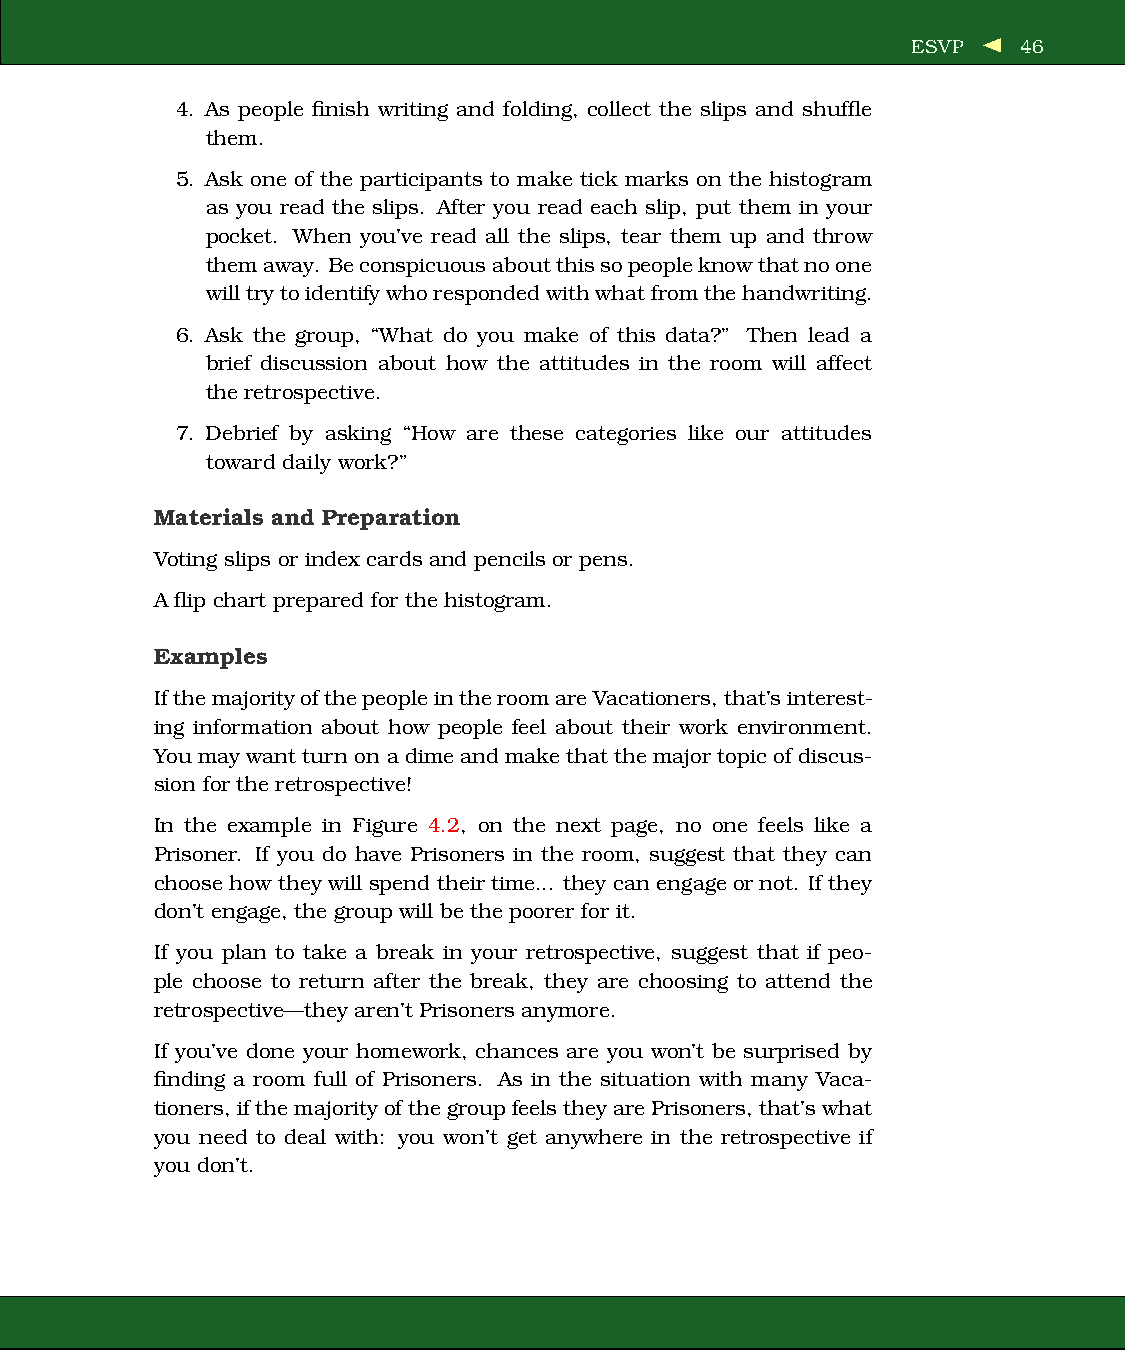
ESVP    46
 4. As people finish writing and folding, collect the slips and shuffle
 them.
 5. Ask one of the participants to make tick marks on the histogram
 as you read the slips. After you read each slip, put them in your
 pocket. When you’ve read all the slips, tear them up and throw
 themaway. Beconspicuousaboutthissopeopleknowthatnoone
 willtrytoidentifywhorespondedwithwhatfromthehandwriting.
 6. Ask the group, “What do you make of this data?” Then lead a
 brief discussion about how the attitudes in the room will affect
 the retrospective.
 7. Debrief by asking “How are these categories like our attitudes
 toward daily work?”
 Materials and Preparation
 Voting slips or index cards and pencils or pens.
 A flip chart prepared for the histogram.
 Examples
 IfthemajorityofthepeopleintheroomareVacationers,that’sinterest-
 ing information about how people feel about their work environment.
 You may wantturnon adime andmake thatthemajor topicof discus-
 sion for the retrospective!
 In the example in Figure 4.2, on the next page, no one feels like a
 Prisoner. If you do have Prisoners in the room, suggest that they can
 choose how they will spend their time... they can engage or not. If they
 don’t engage, the group will be the poorer for it.
 If you plan to take a break in your retrospective, suggest that if peo-
 ple choose to return after the break, they are choosing to attend the
 retrospective—they aren’t Prisoners anymore.
 If you’ve done your homework, chances are you won’t be surprised by
 finding a room full of Prisoners. As in the situation with many Vaca-
 tioners,ifthemajorityofthegroupfeelstheyarePrisoners,that’swhat
 you need to deal with: you won’t get anywhere in the retrospective if
 you don’t.